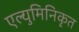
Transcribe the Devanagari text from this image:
एल्युमिनिकृत